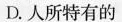
D.人所特有的